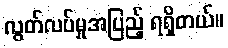
လွတ်လပ်မှုအပြည့် ရရှိတယ်။